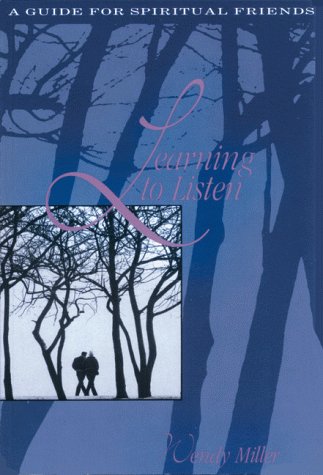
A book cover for Learning to Listen: A Guide for Spiritual Friends; Wendy Miller; Christian Books & Bibles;